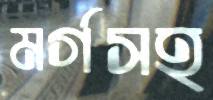
মর্গসহ